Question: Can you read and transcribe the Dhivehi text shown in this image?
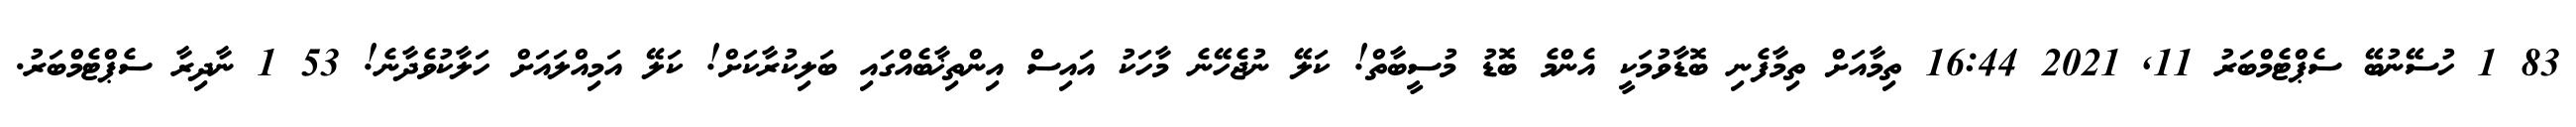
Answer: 83 1 ހުސޭނުބޭ ސެޕްޓެމްބަރު 11, 2021 16:44 ތިމާއަށް ތިމާފެނި ބޮޑާވުމަކީ އެންމެ ބޮޑު މުސީބާތް! ކަލޭ ނުޖެހޭނެ މާހަކު އައިސް އިންތިޚާބެއްގައި ބަލިކުރާކަށް! ކަލޭ އަމިއްލައަށް ހަލާކުވެދާނެ! 53 1 ނާދިރާ ސެޕްޓެމްބަރު.